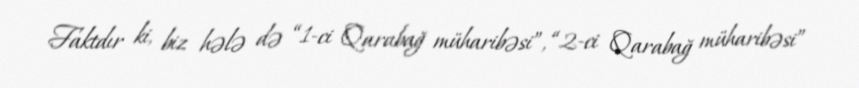
Faktdır ki, biz hələ də “1-ci Qarabağ müharibəsi”, “2-ci Qarabağ müharibəsi”